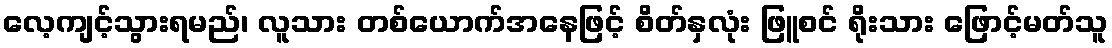
လေ့ကျင့်သွားရမည်၊ လူသား တစ်ယောက်အနေဖြင့် စိတ်နှလုံး ဖြူစင် ရိုးသား ဖြောင့်မတ်သူ